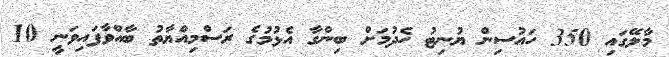
މާލޭގައި 350 ހައުސިން ޔުނިޓު ހެދުމަށް ބިންގާ އެޅުމުގެ ރަސްމިއްޔާތު ބާއްވާފައިވަނީ 10